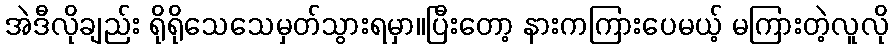
အဲဒီလိုချည်း ရိုရိုသေသေမှတ်သွားရမှာ။ပြီးတော့ နားကကြားပေမယ့် မကြားတဲ့လူလို